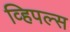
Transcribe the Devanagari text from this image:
व्हिपल्स